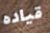
قياده